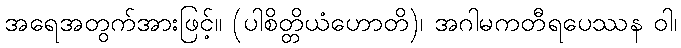
အရေအတွက်အားဖြင့်။ (ပါစိတ္တိယံဟောတိ)၊ အဂါမကတီရပေဿန ဝါ၊